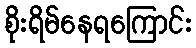
စိုးရိမ်နေရကြောင်း